Vaccination in Bombay 1856-1862 - 1856-1862
Year: 1856
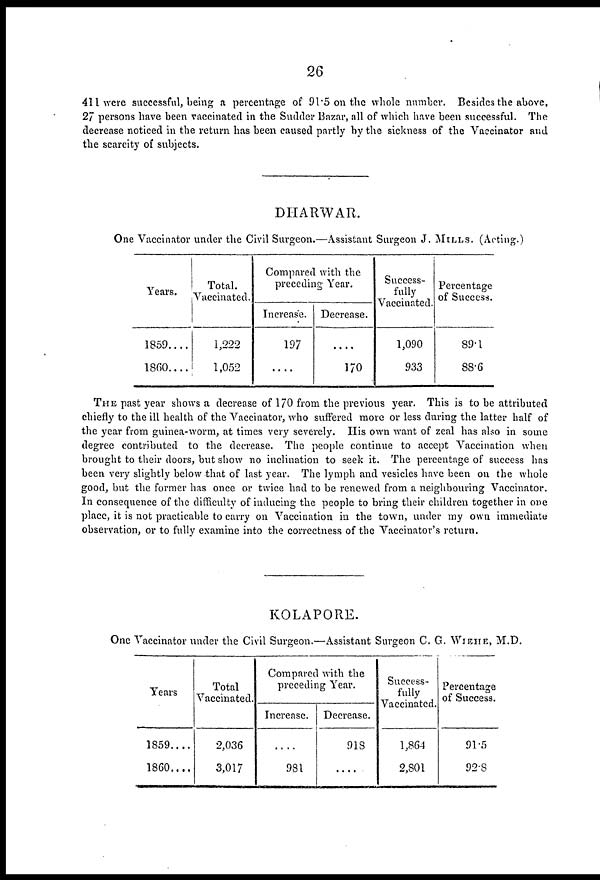
26
411 were successful, being a percentage of 91.5 on the whole number. Besides the above,
27 persons have been vaccinated in the Sudder Bazar, all of which have been successful. The
decrease noticed in the return has been caused partly by the sickness of the Vaccinator and
the scarcity of subjects.
DHARWAR.
One Vaccinator under the Civil Surgeon.—Assistant Surgeon J. MILLS. (Acting.)
Years.
1859....
1860....
Total.
Vaccinated.
1,222
1,052
Compared with the
preceding Year.
Increase.
197
....
Decrease.
....
170
Success¬
fully
Vaccinated.
1,090
933
Percentage
of Success.
89.1
88.6
THE past year shows a decrease of 170 from the previous year. This is to be attributed
chiefly to the ill health of the Vaccinator, who suffered more or less during the latter half of
the year from guinea-worm, at times very severely. His own want of zeal has also in some
degree contributed to the decrease. The people continue to accept Vaccination when
brought to their doors, but show no inclination to seek it. The percentage of success has
been very slightly below that of last year. The lymph and vesicles have been on the whole
good, but the former has once or twice had to be renewed from a neighbouring Vaccinator.
In consequence of the difficulty of inducing the people to bring their children together in one
place, it is not practicable to carry on Vaccination in the town, under my own immediate
observation, or to fully examine into the correctness of the Vaccinator's return.
KOLAPORE.
One Vaccinator under the Civil Surgeon.—Assistant Surgeon C. G. WIEHE, M.D.
Years
1859....
1860....
Total
Vaccinated.
2,036
3,017
Compared with the
preceding Year.
Increase.
....
981
Decrease.
918
....
Success-
fully
Vaccinated.
1,864
2,801
Percentage
of Success.
91.5
92.8